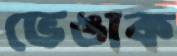
ভেঙাক